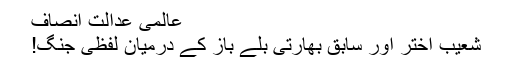
عالمی عدالت انصاف
شعیب اختر اور سابق بھارتی بلے باز کے درمیان لفظی جنگ!